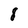
Character: 8